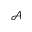
\mathcal { A }